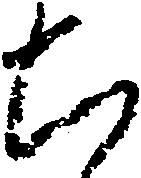
ち